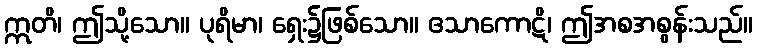
ဣတိ၊ ဤသို့သော။ ပုရိမာ၊ ရှေး၌ဖြစ်သော။ ဧသာကောဋိ၊ ဤအစအစွန်းသည်။